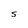
Character: S